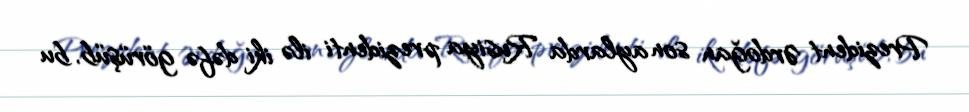
Prezident Ərdoğan son aylarda Rusiya prezidenti ilə iki dəfə görüşüb, bu